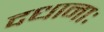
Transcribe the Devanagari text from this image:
दधानाः